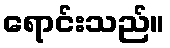
ရောင်းသည်။